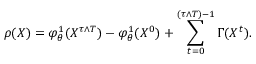
\rho ( X ) = \varphi _ { \theta } ^ { 1 } ( X ^ { \tau \wedge T } ) - \varphi _ { \theta } ^ { 1 } ( X ^ { 0 } ) + \sum _ { t = 0 } ^ { ( \tau \wedge T ) - 1 } \Gamma ( X ^ { t } ) .